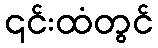
၎င်းထံတွင်